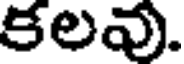
కలవు.